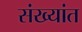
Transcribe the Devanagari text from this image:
संख्यांत